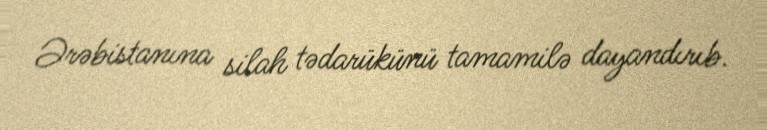
Ərəbistanına silah tədarükünü tamamilə dayandırıb.